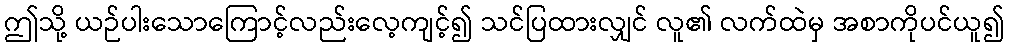
ဤသို့ ယဉ်ပါးသောကြောင့်လည်းလေ့ကျင့်၍ သင်ပြထားလျှင် လူ၏ လက်ထဲမှ အစာကိုပင်ယူ၍